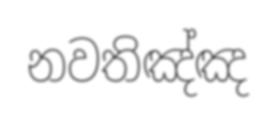
නවතිඤ්ඤ